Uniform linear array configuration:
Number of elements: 12
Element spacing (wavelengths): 0.5
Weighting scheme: hamming
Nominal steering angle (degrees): -45
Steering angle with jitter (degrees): -43.764
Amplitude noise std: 0.05
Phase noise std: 0.05

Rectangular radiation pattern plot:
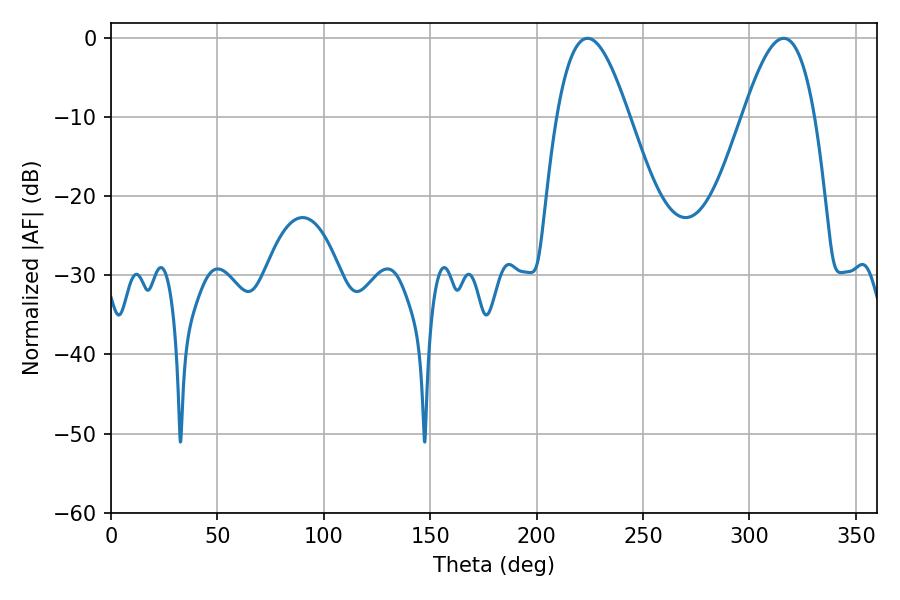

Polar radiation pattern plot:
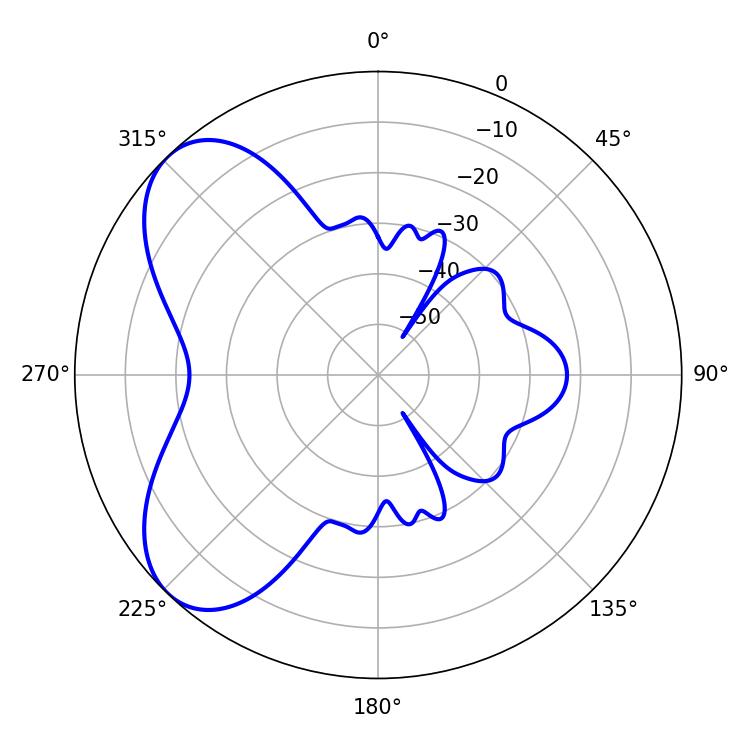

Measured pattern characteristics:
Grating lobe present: FALSE
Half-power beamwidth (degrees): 18.36
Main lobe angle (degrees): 316.08